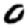
Digit: 0